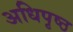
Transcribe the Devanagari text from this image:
अधिपृष्ठ